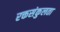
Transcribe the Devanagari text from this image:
रक्तसंकुलता